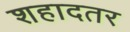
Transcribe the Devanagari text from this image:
शहादतर